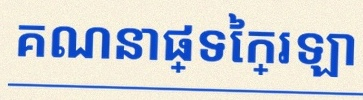
គណនាផ្ទៃក្រឡា